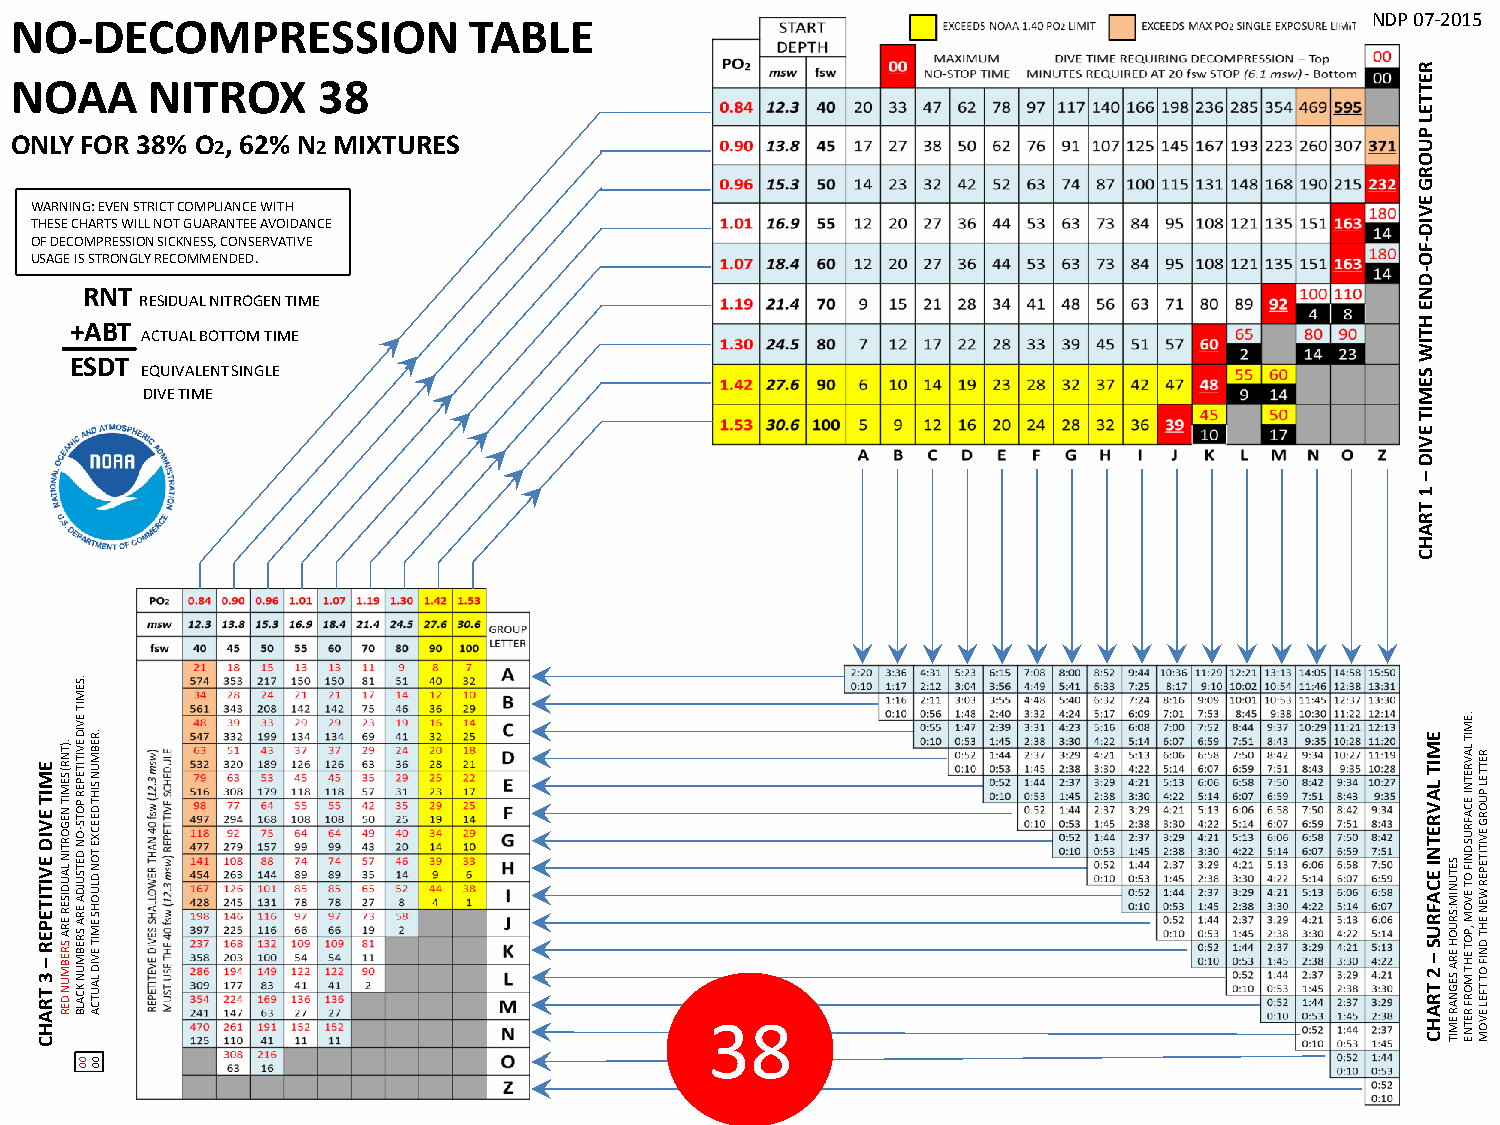
NO-DECOMPRESSION              TABLE                                                    AWD NDP 07-2015
 R
 NOAA     NITROX     38                                                                       E
 T
 T
 E
 L
 ONLY FOR 38% O2, 62% N2 MIXTURES                                                             P U
 O
 R
 G
 WARNING: EVEN STRICT COMPLIANCE WITH                                                        E V
 THESE CHARTS WILL NOT GUARANTEE AVOIDANCE                                                   ID
 OF DECOMPRESSION SICKNESS, CONSERVATIVE                                                     -
 F
 USAGE IS STRONGLY RECOMMENDED.                                                              O
 -
 D
 RNT                                                                                      N
 RESIDUAL NITROGEN TIME                                                               E
 +ABT
 ACTUAL BOTTOM TIME
 H
 T
 IW
 ESDT
 EQUIVALENT SINGLE                                                                    S
 E
 DIVE TIME                                                                            M
 IT
 E
 V
 ID
 –
 1
 T
 R
 A
 H
 C
 .SE
 M
 E M IT E V ID E V I 3T I TT RE AP HE R C– .)TN R ( SE M IT N EG O R T IN SL RA EU BD MIS UE NR DE R
 E
 A
 R
 O N D ETSU
 JDIT
 A
 E EV
 RI AD
 SE RV EIT BI MTE UP NER
 K
 P
 C
 O
 A
 LT BS -
 .R
 EB M U N SIH T D EEC X E TO N D LU O H S E M IT EV ID LA
 U T C A                                  38
 E
 M IT L A V R E T N I E 2C TA RF AR HU C–S SETU N IM :SR U O H ER A SEG
 N A R EM
 IT
 .EM
 IT
 LA V R ETN I EC A FR U S D N IF O T EV O M ,P O T EH T M
 O R F R ETN
 E
 R ETTEL P U O R G EV IT ITE P ER W EN EH T D N IF O T
 TFEL EV
 O
 M
 00 00